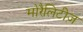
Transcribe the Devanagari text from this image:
मोरैलिटीज़